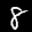
Label: 8